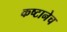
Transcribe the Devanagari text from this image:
कष्टानेच